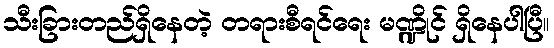
သီးခြားတည်ရှိနေတဲ့ တရားစီရင်ရေး မဏ္ဍိုင် ရှိနေပါပြီ။